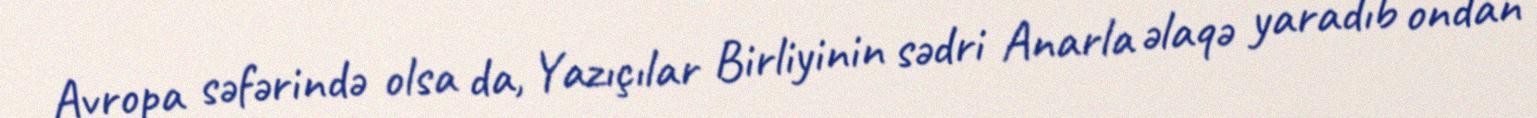
Avropa səfərində olsa da, Yazıçılar Birliyinin sədri Anarla əlaqə yaradıb ondan